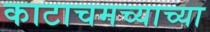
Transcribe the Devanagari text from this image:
काटाचमच्याच्या